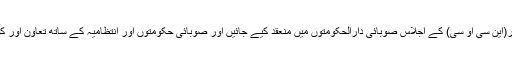
وزیرِ اعظم نے ہدایت کی کہ نیشنل کمانڈ اینڈ آپریشن سینٹر(این سی او سی) کے اجلاس صوبائی دارالحکومتوں میں منعقد کیے جائیں اور صوبائی حکومتوں اور انتظامیہ کے ساتھ تعاون اور کوارڈینیشن سے انتظامی اقدامات کو مزید موثر بنایا جائے۔